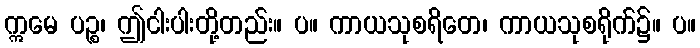
ဣမေ ပဉ္စ၊ ဤငါးပါးတို့တည်း။ ပ။ ကာယသုစရိတေ၊ ကာယသုစရိုက်၌။ ပ။